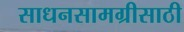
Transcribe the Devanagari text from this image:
साधनसामग्रीसाठी